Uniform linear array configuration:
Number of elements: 64
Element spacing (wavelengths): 0.5
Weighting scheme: hann
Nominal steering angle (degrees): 60
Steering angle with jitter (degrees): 59.256
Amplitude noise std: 0.05
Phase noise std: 0.05

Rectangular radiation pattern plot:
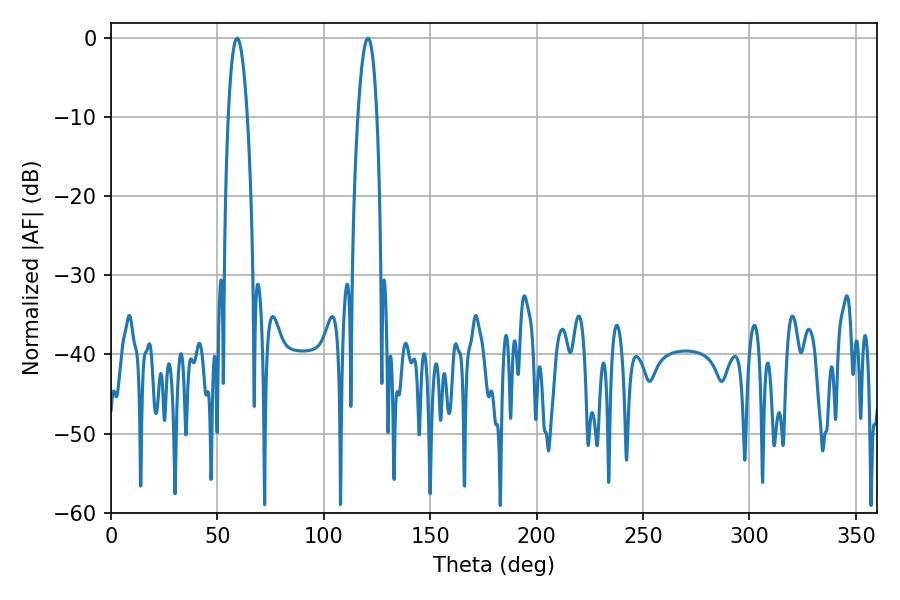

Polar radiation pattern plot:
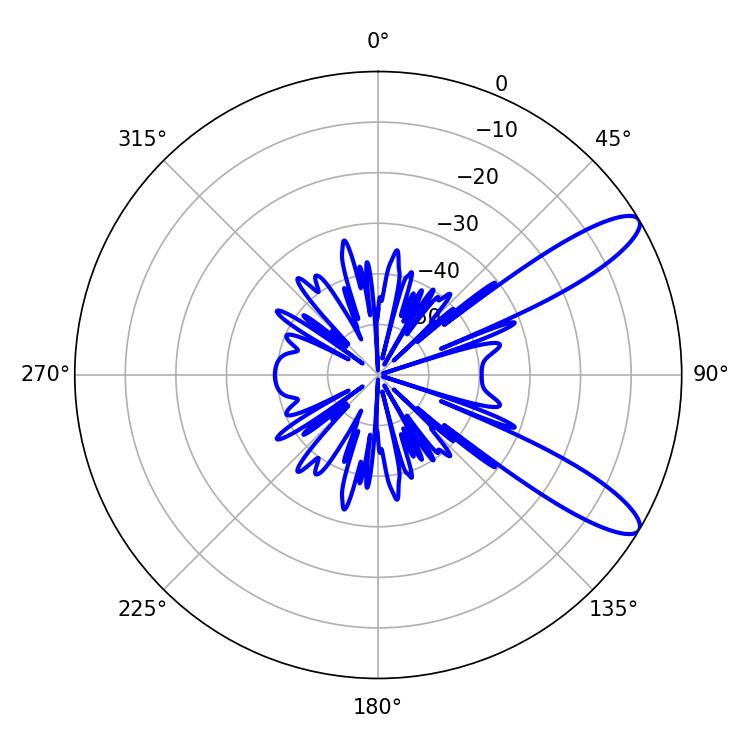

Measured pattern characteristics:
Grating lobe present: FALSE
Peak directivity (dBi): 10.948
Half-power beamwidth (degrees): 4.86
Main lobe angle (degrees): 59.22